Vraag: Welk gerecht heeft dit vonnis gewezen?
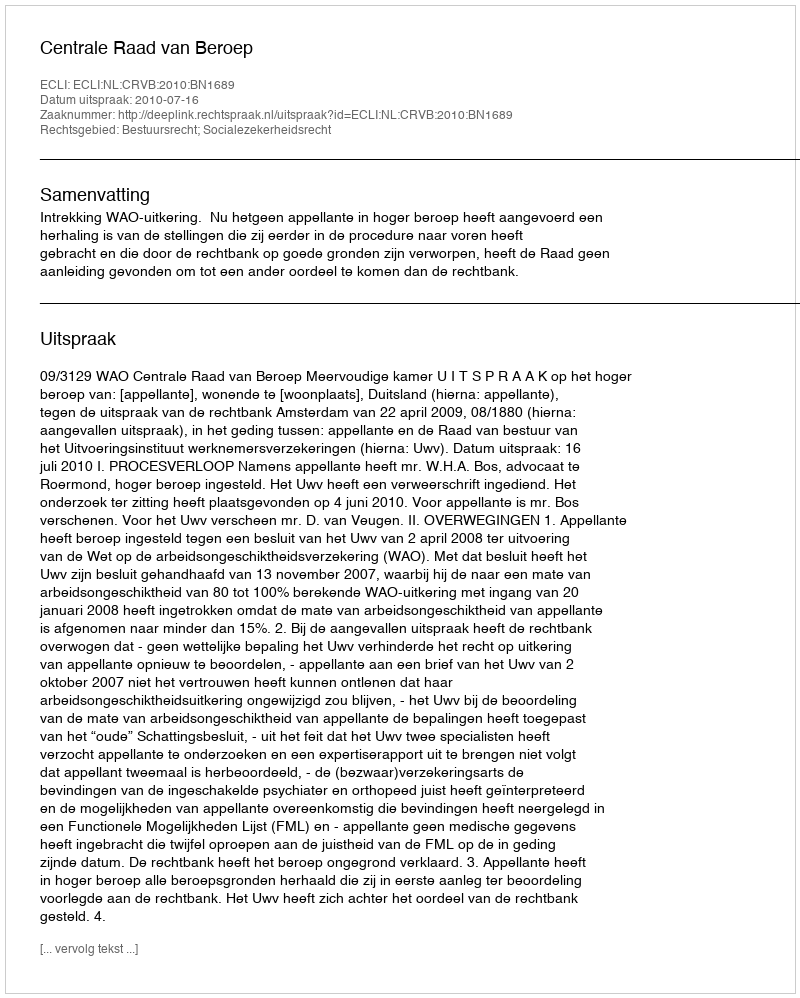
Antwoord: Centrale Raad van Beroep